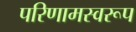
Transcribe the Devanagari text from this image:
परिणामस्वरूप